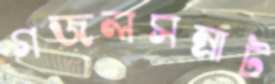
গজলসম্রাট